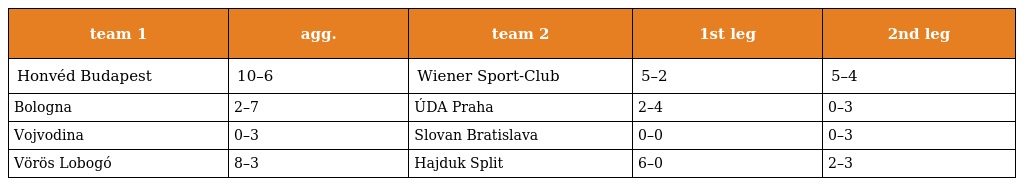
| team 1 | agg. | team 2 | 1st leg | 2nd leg |
 | --- | --- | --- | --- | --- |
 | Honvéd Budapest | 10–6 | Wiener Sport-Club | 5–2 | 5–4 |
 | Bologna | 2–7 | ÚDA Praha | 2–4 | 0–3 |
 | Vojvodina | 0–3 | Slovan Bratislava | 0–0 | 0–3 |
 | Vörös Lobogó | 8–3 | Hajduk Split | 6–0 | 2–3 |